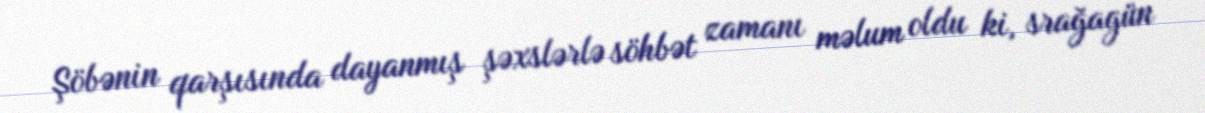
Şöbənin qarşısında dayanmış şəxslərlə söhbət zamanı məlum oldu ki, srağagün